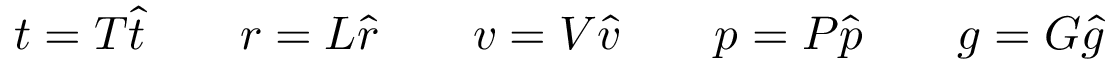
\begin{array} { r } { t = T \hat { t } \qquad r = L \hat { r } \qquad v = V \hat { v } \qquad p = P \hat { p } \qquad g = G \hat { g } } \end{array}